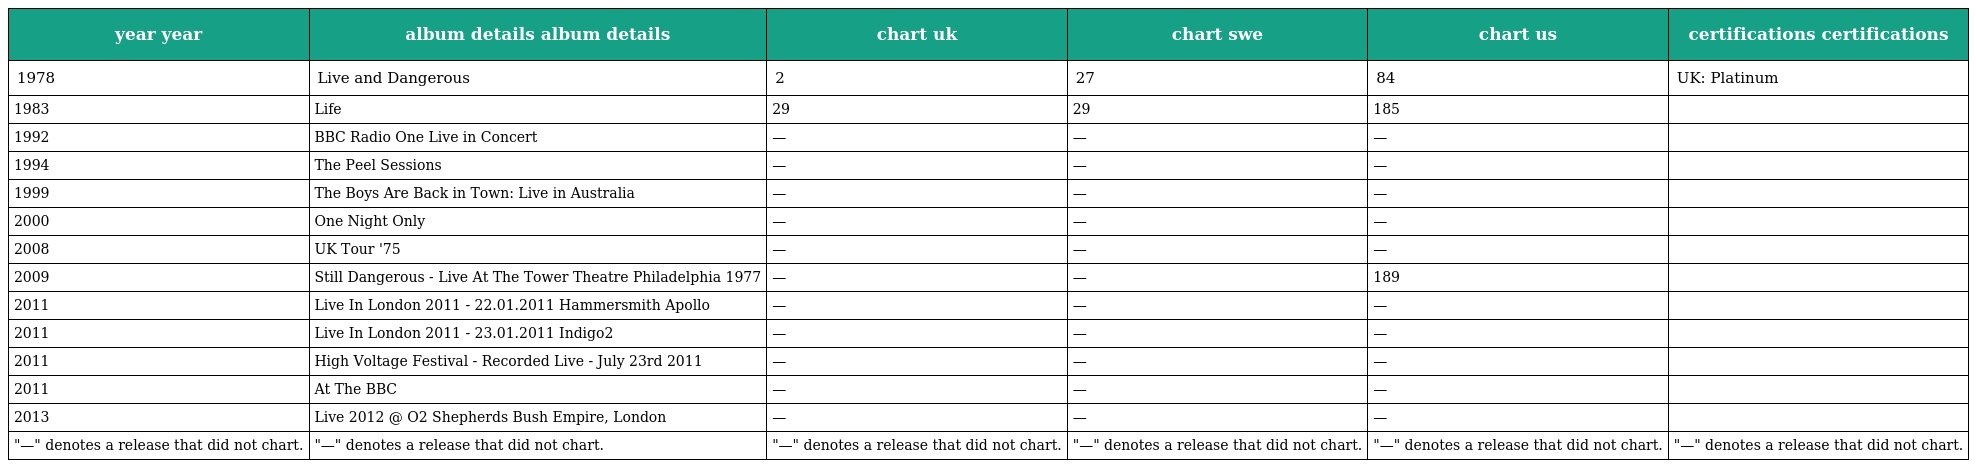
| year year | album details album details | chart uk | chart swe | chart us | certifications certifications |
 | --- | --- | --- | --- | --- | --- |
 | 1978 | Live and Dangerous | 2 | 27 | 84 | UK: Platinum |
 | 1983 | Life | 29 | 29 | 185 |  |
 | 1992 | BBC Radio One Live in Concert | — | — | — |  |
 | 1994 | The Peel Sessions | — | — | — |  |
 | 1999 | The Boys Are Back in Town: Live in Australia | — | — | — |  |
 | 2000 | One Night Only | — | — | — |  |
 | 2008 | UK Tour '75 | — | — | — |  |
 | 2009 | Still Dangerous - Live At The Tower Theatre Philadelphia 1977 | — | — | 189 |  |
 | 2011 | Live In London 2011 - 22.01.2011 Hammersmith Apollo | — | — | — |  |
 | 2011 | Live In London 2011 - 23.01.2011 Indigo2 | — | — | — |  |
 | 2011 | High Voltage Festival - Recorded Live - July 23rd 2011 | — | — | — |  |
 | 2011 | At The BBC | — | — | — |  |
 | 2013 | Live 2012 @ O2 Shepherds Bush Empire, London | — | — | — |  |
 | "—" denotes a release that did not chart. | "—" denotes a release that did not chart. | "—" denotes a release that did not chart. | "—" denotes a release that did not chart. | "—" denotes a release that did not chart. | "—" denotes a release that did not chart. |